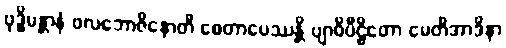
ဗုဒ္ဓိမန္တာနံ ဖလဘောဇိနောတိ စေတာပေဿန္တိ ဗျာဓိပီဠိတော မေတိအာဒိနာ